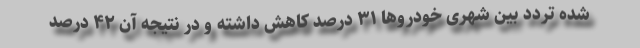
شده تردد بین شهری خودروها ۳۱ درصد کاهش داشته و در نتیجه آن ۴۲ درصد